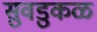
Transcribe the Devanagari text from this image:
सुवडुकळ